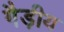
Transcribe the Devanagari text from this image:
गैड़ीय